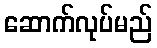
ဆောက်လုပ်မည်